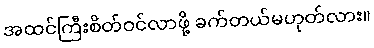
အထင်ကြီးစိတ်ဝင်လာဖို့ ခက်တယ်မဟုတ်လား။